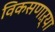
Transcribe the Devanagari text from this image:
विकसणाऱ्या